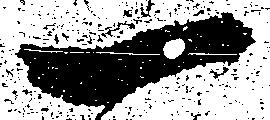
一